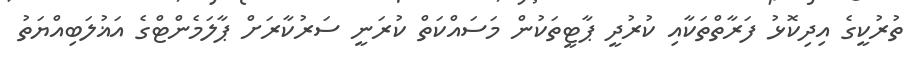
ތުރުކީގެ އިދިކޮޅު ފަރާތްތަކާއި ކުރުދީ ޕާޓީތަކުން މަސައްކަތް ކުރަނީ ސަރުކާރަށް ޕާލަމެންޓްގެ އަޣުލަބިއްޔަތު